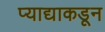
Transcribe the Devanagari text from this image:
प्याद्याकडून